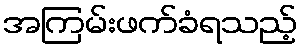
အကြမ်းဖက်ခံရသည့်